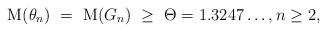
LaTeX: \begin{align*}{\rm M}(\theta_{n}) ~=~ {\rm M}(G_n) ~\geq~ \Theta = 1.3247\ldots, n \geq 2,\end{align*}